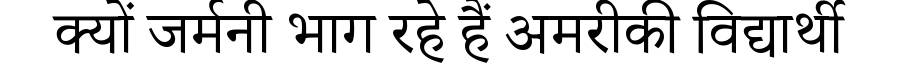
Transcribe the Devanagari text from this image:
क्यों जर्मनी भाग रहे हैं अमरीकी विद्यार्थी